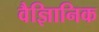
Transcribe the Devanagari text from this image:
वैज्ञिानिक